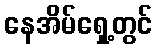
နေအိမ်ရှေ့တွင်